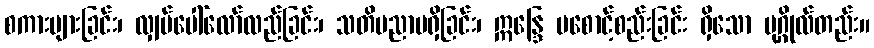
စကားများခြင်း၊ လျှပ်ပေါ်လော်လည်ခြင်း၊ သတိပညာမရှိခြင်း၊ ဣန္ဒြေ မစောင့်စည်းခြင်း ရှိသော ပုဂ္ဂိုလ်တည်း။